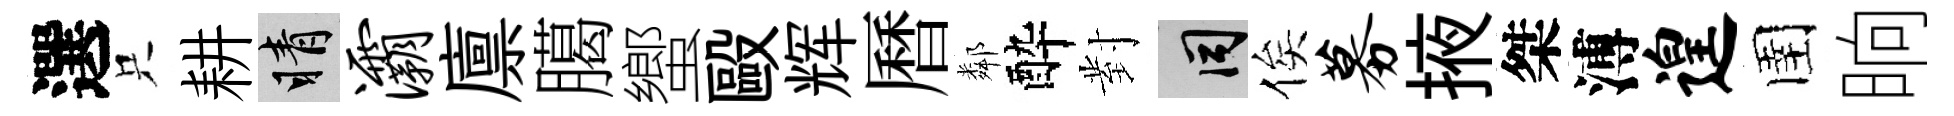
選只耕睛灞廪臈蠁毆辉曆鄰酔對间俟募掖桀溥遑圉晌